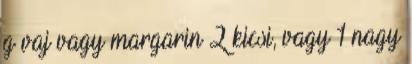
g vaj vagy margarin 2 kicsi, vagy 1 nagy